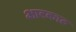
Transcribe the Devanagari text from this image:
आरकाट